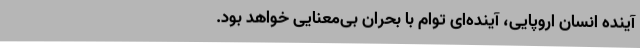
آینده انسان اروپایی، آینده‌ای توام با بحران بی‌معنایی خواهد بود.